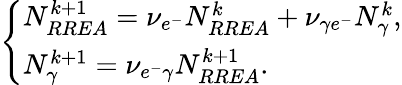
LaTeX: \left\{ \begin{array}{ll}{N_{RREA}^{k+1}=\nu_{e^{-}}N_{RREA}^{k}+\nu_{\gamma e^{-}}N_{\gamma}^{k},}\\ {N_{\gamma}^{k+1}=\nu_{e^{-}\gamma}N_{RREA}^{k+1}.}\end{array}\right.